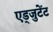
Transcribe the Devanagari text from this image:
एड्जुटेंट